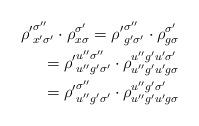
LaTeX: \begin{align*} {\rho'}_{x'\sigma'}^{\sigma''} \cdot \rho_{x\sigma}^{\sigma'} = {\rho'}_{g'\sigma'}^{\sigma''}\cdot \rho_{g\sigma}^{\sigma'} \\ = {\rho'}_{u''g'\sigma'}^{u''\sigma''}\cdot \rho_{u''g'u'g\sigma}^{u''g'u'\sigma'} \\ = {\rho'}_{u''g'\sigma'}^{\sigma''}\cdot \rho_{u''g'u'g\sigma}^{u''g'\sigma'} \end{align*}